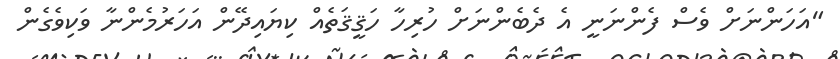
"އަހަންނަށް ވެސް ފެންނަނީ އެ ދެބެންނަށް ހުރިހާ ހަޤީޤަތެއް ކިޔައިދޭން އަހަރުމެންނާ ވަކިވެގެން